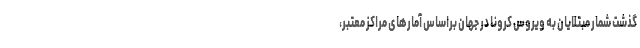
گذشت شمار مبتلایان به ویروس کرونا در جهان براساس آمارهای مراکز معتبر،